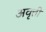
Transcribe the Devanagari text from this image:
अवृत्ती